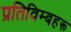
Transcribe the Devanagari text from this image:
प्रतिविम्‍बहरू